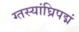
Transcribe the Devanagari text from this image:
ग्तस्यांघ्रिपद्मं